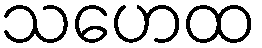
သဟေထ